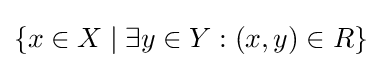
\{x\in X\mid \exists y\in Y:(x,y)\in R\}